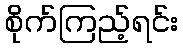
စိုက်ကြည့်ရင်း